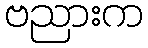
ဗညားက